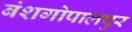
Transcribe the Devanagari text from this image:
बंशगोपालपुर